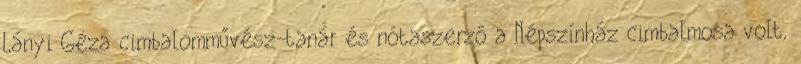
Lányi Géza cimbalomművész-tanár és nótaszerző a Népszínház cimbalmosa volt,